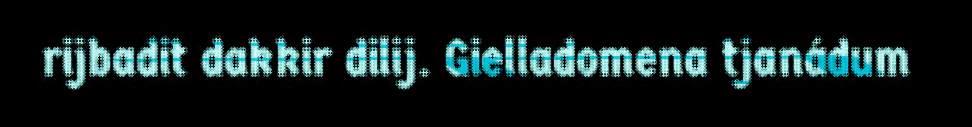
rijbadit dakkir dilij. Gielladomena tjanádum